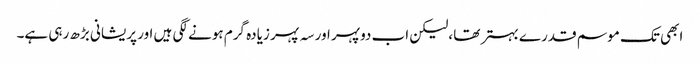
ابھی تک موسم قدرے بہتر تھا ،لیکن اب دوپہر اور سہ پہر زیادہ گرم ہونے لگی ہیں اور پریشانی بڑھ رہی ہے۔